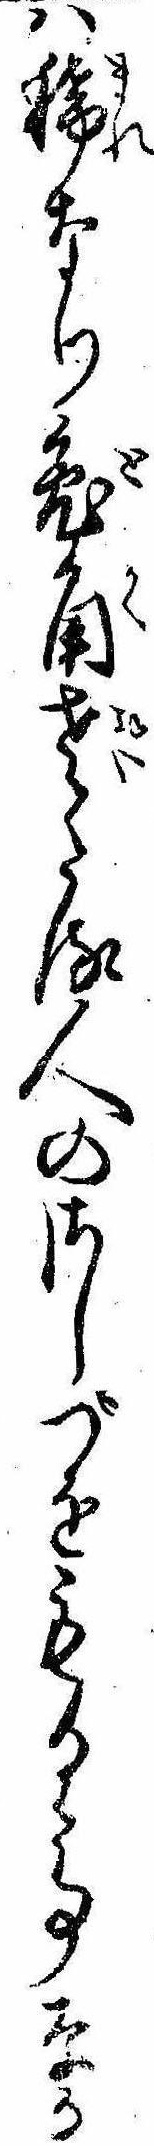
は稀なり兎角老たる人のさしづをもるゝ事なか